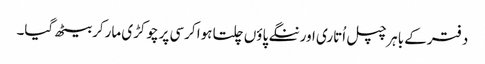
دفترکے باہرچپل اُتاری اورننگے پاؤں چلتا ہوا کرسی پرچوکڑی مارکربیٹھ گیا۔